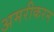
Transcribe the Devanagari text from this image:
अमरीकरन